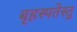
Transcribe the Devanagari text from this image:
बृहस्पतेस्तु